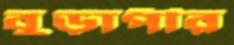
বুড়াপীর